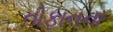
તોફાનના